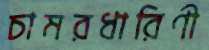
চামরধারিণী